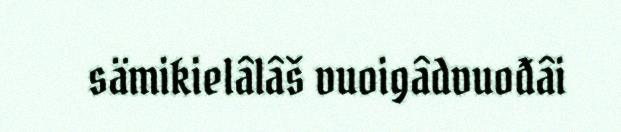
sämikielâlâš vuoigâdvuođâi